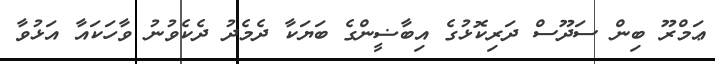
ޢަމްރޫ ބިން ސަދޫސް ދަރިކޮޅުގެ އިބާޟީންގެ ބަޔަކާ ދެމެދު ދެކެވުނު ވާހަކައާ އަޅުވާ